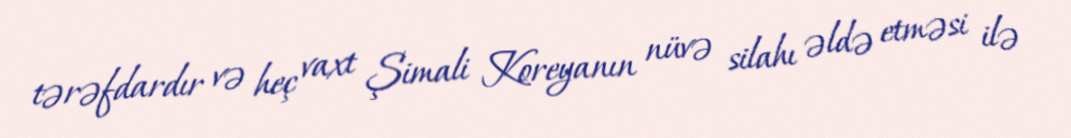
tərəfdardır və heç vaxt Şimali Koreyanın nüvə silahı əldə etməsi ilə